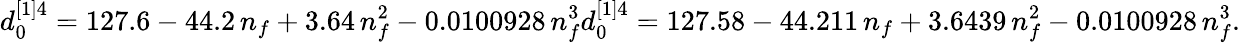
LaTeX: d_{0}^{[1]4}=127.6-44.2\, n_{f}+3.64\, n_{f}^{2}-0.0100928\, n_{f}^{3}d_{0}^{[1]4}=127.58-44.211\, n_{f}+3.6439\, n_{f}^{2}-0.0100928\, n_{f}^{3}{}.